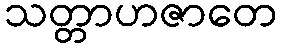
သတ္တာဟဇာတေ